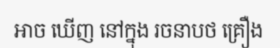
អាច ឃើញ នៅក្នុង រចនាបថ គ្រឿង